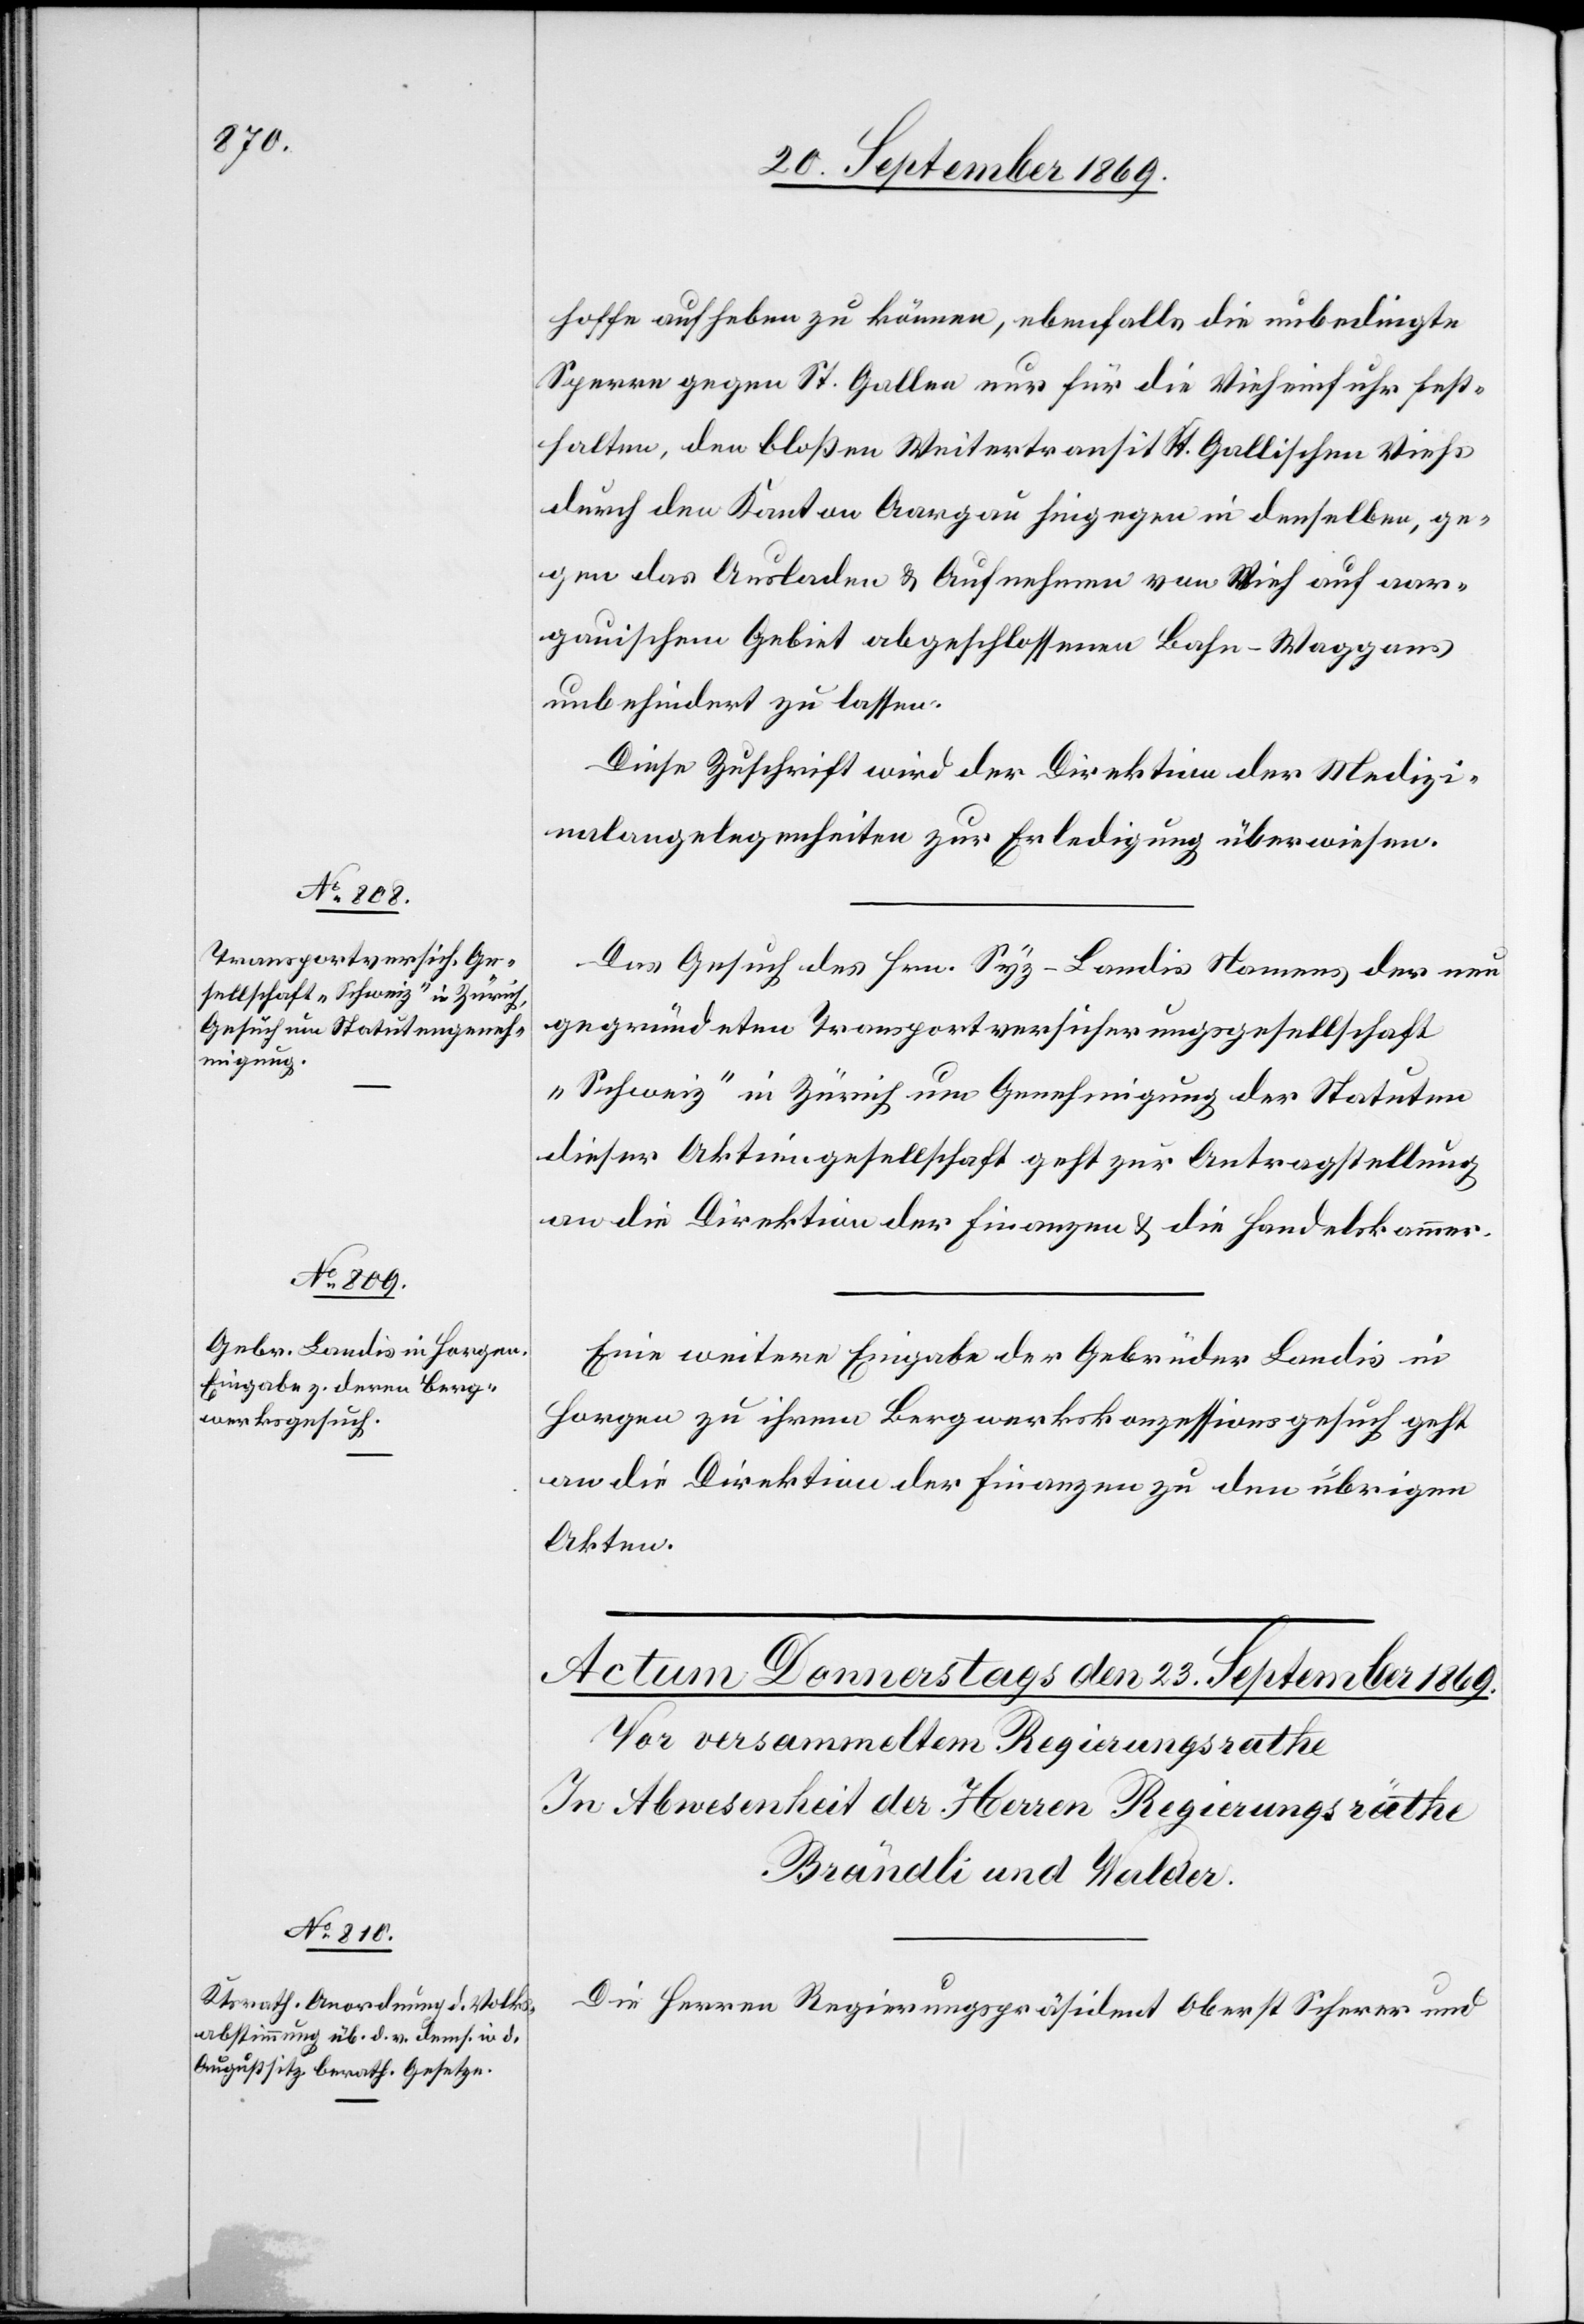
22. September 1869.]
hoffe aufheben zu können, ebenfalls die unbedingte
Sperre gegen St. Gallen nur für die Vieheinfuhr fest¬
halten, den bloßen Weitertransit St. Gallischen Viehs
durch den Kanton Aargau hingegen in denselben, ge¬
gen das Ausladen & Aufnehmen von Vieh auf aar¬
gauischem Gebiet abgeschlossenen Bahn-Waggons
unbehindert zu lassen.
Diese Zuschrift wird der Direktion der Medizi¬
nalangelegenheiten zur Erledigung überwiesen.
Das Gesuch des Hrn. Syz-Landis Namens der neu
gegründeten Transportversicherungsgesellschaft
„Schweiz“ in Zürich um Genehmigung der Statuten
dieser Aktiengesellschaft geht zur Antragstellung
an die Direktion der Finanzen & die Handelskammer.
Eine weitere Eingabe der Gebrüder Landis in
Horgen zu ihrem Bergwerkskonzessionsgesuch geht
an die Direktion der Finanzen zu den übrigen
Akten.
Die Herren Regierungspräsident Oberst Scherer und